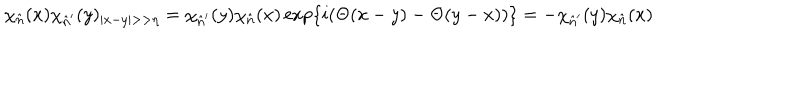
LaTeX: \chi _ { \hat { n } } ( x ) \chi _ { \hat { n } ^ { \prime } } ( y ) _ { | x - y | > > \eta } = \chi _ { \hat { n } ^ { \prime } } ( y ) \chi _ { \hat { n } } ( x ) \exp \{ i ( \Theta ( x - y ) - \Theta ( y - x ) ) \} = - \chi _ { \hat { n } ^ { \prime } } ( y ) \chi _ { \hat { n } } ( x )